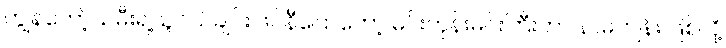
ကျွန်တော့်သမီးရဲ့သူငယ်ချင်း ဖဲင်နီပြောတော့ မင်းတုန်းမင်းကြီးဟာ နာမကျန်း ဖြစ်လို့